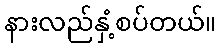
နားလည်နှံ့စပ်တယ်။